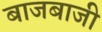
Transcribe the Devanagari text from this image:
बाजबाजी